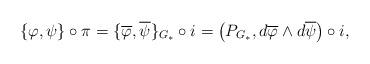
LaTeX: \begin{align*}\{\varphi ,\psi \}\circ \pi=\{\overline{\varphi},\overline{\psi}\}_{G_*} \circ i = \left(P_{G_*},d\overline{\varphi}\wedge d\overline{\psi}\right)\circ i,\end{align*}